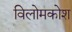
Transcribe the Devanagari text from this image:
विलोमकोश